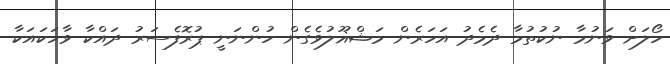
ހޯލަށް ވަނުމާ ނުކުތުމާ ދެމެދު އަހަރެން މަޝްޣޫލުވެގެން ހުންނަނީ ޕުރޮފެސަރު ދައްކާ ވާހަކައަކާ